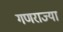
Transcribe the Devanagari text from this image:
गणराज्या